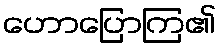
ဟောပြောကြ၏